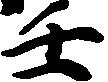
壬